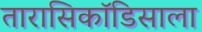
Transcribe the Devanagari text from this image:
तारासिकॉडिसाला